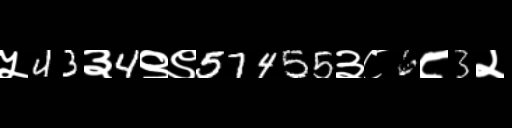
Text: ५43३4९९57455३८6८3२